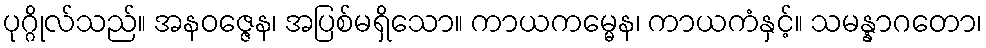
ပုဂ္ဂိုလ်သည်။ အနဝဇ္ဇေန၊ အပြစ်မရှိသော။ ကာယကမ္မေန၊ ကာယကံနှင့်။ သမန္နာဂတော၊